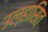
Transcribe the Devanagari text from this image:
उल्हासित